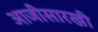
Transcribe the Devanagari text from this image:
आजीसारखी